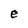
Character: e